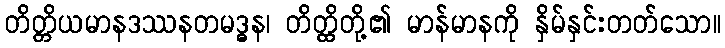
တိတ္တိယမာနဒဿနတမဒ္ဓန၊ တိတ္ထိတို့၏ မာန်မာနကို နှိမ်နှင်းတတ်သော။